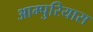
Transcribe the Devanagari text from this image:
आम्पुरियास